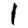
Digit: 1